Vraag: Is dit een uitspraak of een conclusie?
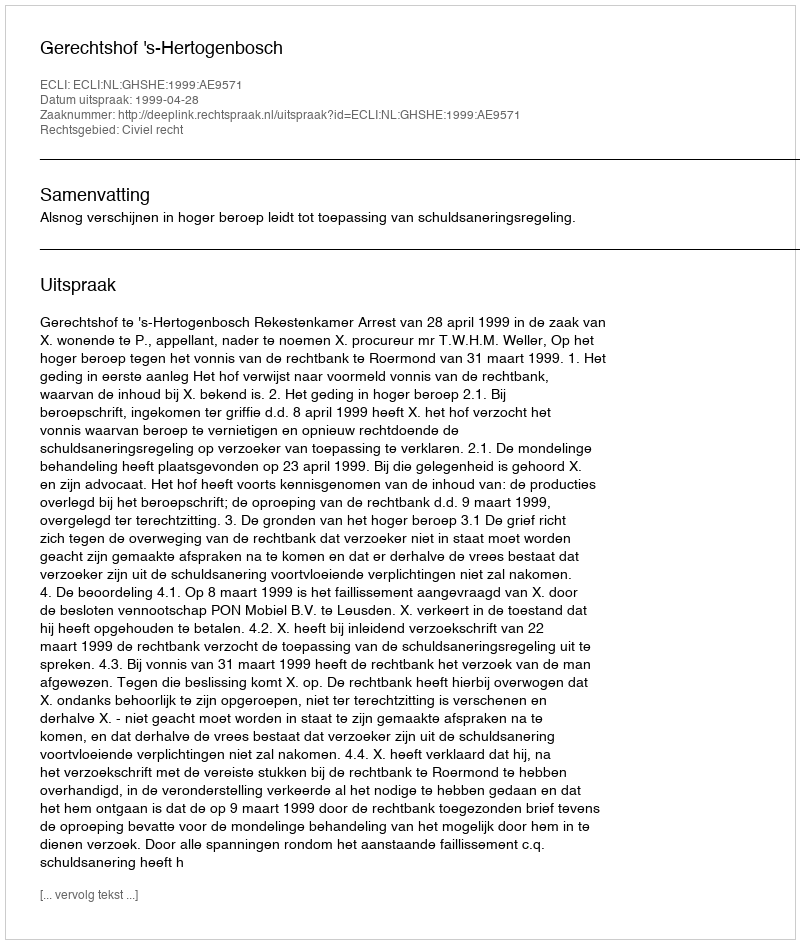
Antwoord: Uitspraak